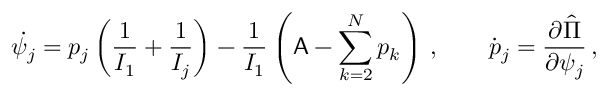
\dot { \psi _ { j } } = p _ { j } \left( \frac { 1 } { I _ { 1 } } + \frac { 1 } { I _ { j } } \right) - \frac { 1 } { I _ { 1 } } \left( \mathsf { A } - \sum _ { k = 2 } ^ { N } p _ { k } \right) \, , \qquad \dot { p } _ { j } = \frac { \partial \hat { \Pi } } { \partial \psi _ { j } } \, ,